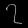
Digit: ၇